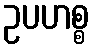
ဥပဟစ္စ